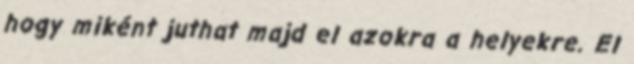
hogy miként juthat majd el azokra a helyekre. El